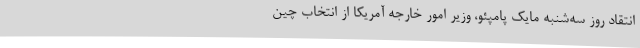
انتقاد روز سه‌شنبه مایک پامپئو، وزیر امور خارجه آمریکا از انتخاب چین